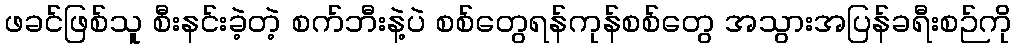
ဖခင်ဖြစ်သူ စီးနင်းခဲ့တဲ့ စက်ဘီးနဲ့ပဲ စစ်တွေရန်ကုန်စစ်တွေ အသွားအပြန်ခရီးစဉ်ကို